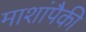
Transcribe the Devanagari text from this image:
माशांपैकी